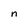
Character: n